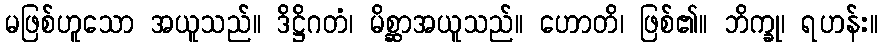
မဖြစ်ဟူသော အယူသည်။ ဒိဋ္ဌိဂတံ၊ မိစ္ဆာအယူသည်။ ဟောတိ၊ ဖြစ်၏။ ဘိက္ခု၊ ရဟန်း။